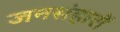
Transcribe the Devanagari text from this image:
जनसंहारों